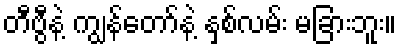
တီဗွီနဲ့ ကျွန်တော်နဲ့ နှစ်လမ်း မခြားဘူး။